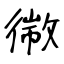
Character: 幑